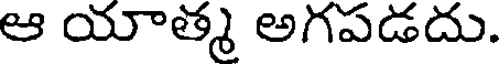
ఆ యాత్మ అగపడదు.